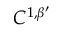
C ^ { 1 , \beta ^ { \prime } }